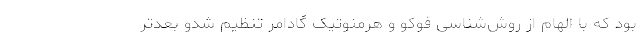
بود که با الهام از روش‌شناسی فوکو و هرمنوتیک گادامر تنظیم شدو بعدتر